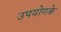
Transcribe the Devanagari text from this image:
उपयोगके